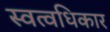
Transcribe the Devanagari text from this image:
स्वत्वधिकार